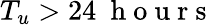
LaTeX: T_{u}>24\ \mathrm{~h~o~u~r~s~}